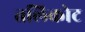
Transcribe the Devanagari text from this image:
तलिकोट